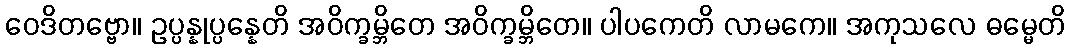
ဝေဒိတဗ္ဗော။ ဥပ္ပန္နုပ္ပန္နေတိ အဝိက္ခမ္ဘိတေ အဝိက္ခမ္ဘိတေ။ ပါပကေတိ လာမကေ။ အကုသလေ ဓမ္မေတိ